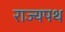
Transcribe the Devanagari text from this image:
राज्यपथ